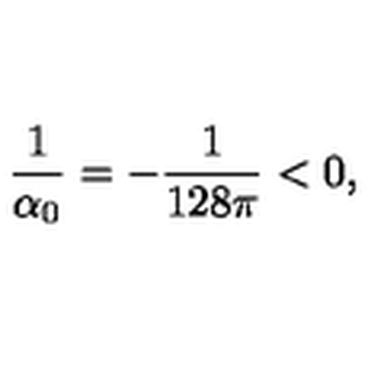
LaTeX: { \frac { 1 } { \alpha _ { 0 } } } = - { \frac { 1 } { 1 2 8 \pi } } < 0 ,